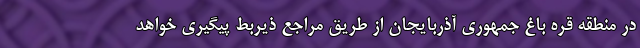
در منطقه قره باغ جمهوری آذربایجان از طریق مراجع ذیربط پیگیری خواهد